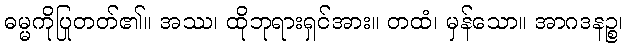
ဓမ္မကိုပြုတတ်၏။ အဿ၊ ထိုဘုရားရှင်အား။ တထံ၊ မှန်သော။ အာဂဒနဉ္စ၊